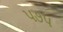
૫૭૫